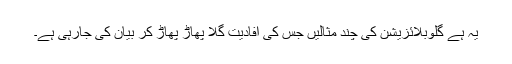
یہ ہے گلوبلائزیشن کی چند مثالیں جس کی افادیت گلا پھاڑ پھاڑ کر بیان کی جارہی ہے۔